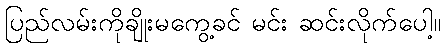
ပြည်လမ်းကိုချိုးမကွေ့ခင် မင်း ဆင်းလိုက်ပေါ့။